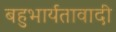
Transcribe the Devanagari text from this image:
बहुभार्यतावादी